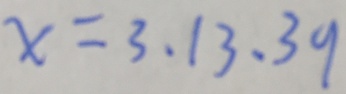
x = 3 、 1 3 、 3 9